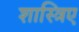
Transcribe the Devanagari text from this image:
शास्त्रिए